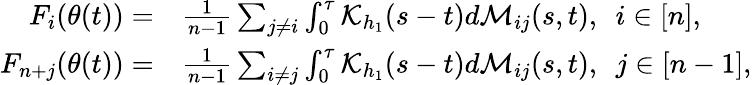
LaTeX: \begin{array}{rl}{F_{i}(\theta(t))=}&{\frac{1}{n-1}\sum_{j\neq i}\int_{0}^{\tau}\mathcal{K}_{h_{1}}(s-t)d\mathcal{M}_{ij}(s,t),~~i\in[n],}\\ {F_{n+j}(\theta(t))=}&{\frac{1}{n-1}\sum_{i\neq j}\int_{0}^{\tau}\mathcal{K}_{h_{1}}(s-t)d\mathcal{M}_{ij}(s,t),~~j\in[n-1],}\end{array}